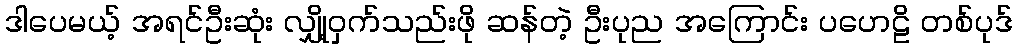
ဒါပေမယ့် အရင်ဦးဆုံး လျှို့ဝှက်သည်းဖို ဆန်တဲ့ ဦးပုည အကြောင်း ပဟေဠိ တစ်ပုဒ်